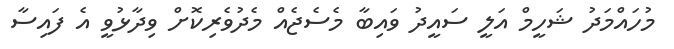
މުހައްމަދު ޝަހީމް އަލީ ސައީދު ވައިބާ މެސެޖެއް މެދުވެރިކޮށް ވިދާޅުވީ އެ ފައިސާ